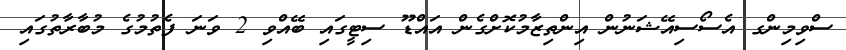
ސްވިމިންގ އެސޯސިއޭޝަނުން އިންތިޒާމުކޮށްގެން އައްޑޫ ސިޓީގައި ބޭއްވި 2 ވަނަ ފެތުމުގެ މުބާރާތުގައި